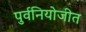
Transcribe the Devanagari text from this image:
पुर्वनियोजीत